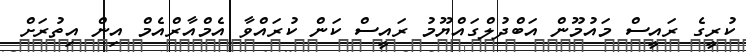
ކުރީގެ ރައީސް މައުމޫން އަބްދުލްގައްޔޫމު ރައީސް ކަން ކުރައްވާ އެމްއާރްއެމް އިން އިތުރަށް